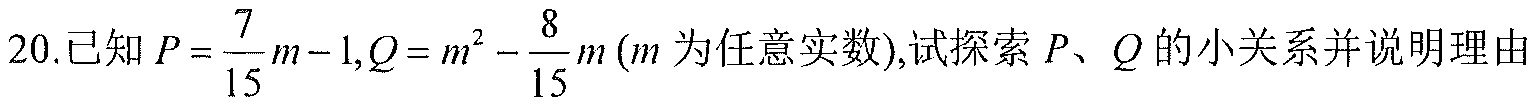
20.已知$P = \dfrac{7}{15}m - 1,Q = m^{2} - \dfrac{8}{15}m$ ($m$为任意实数),试探索$P、Q$的小关系并说明理由